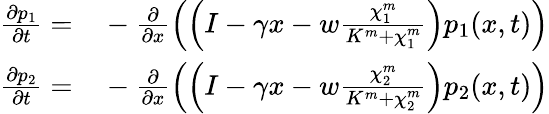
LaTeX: \begin{array}{rl}{\frac{\partial p_{1}}{\partial t}=}&{{}-\frac{\partial}{\partial x}\left(\left(I-\gamma x-w\frac{\chi_{1}^{m}}{K^{m}+\chi_{1}^{m}}\right)p_{1}(x,t)\right)}\\ {\frac{\partial p_{2}}{\partial t}=}&{{}-\frac{\partial}{\partial x}\left(\left(I-\gamma x-w\frac{\chi_{2}^{m}}{K^{m}+\chi_{2}^{m}}\right)p_{2}(x,t)\right)}\end{array}